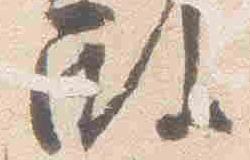
殿